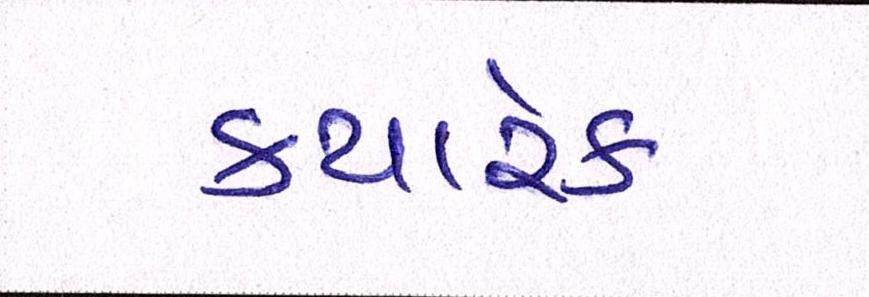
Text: ક્યારેક